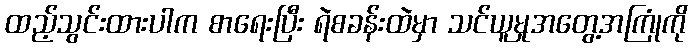
ထည့်သွင်းထားပါက စာရေးပြီး ရဲစခန်းထဲမှာ သင်ယူမှုအတွေ့အကြုံကို